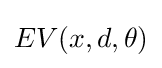
EV(x,d,\theta )